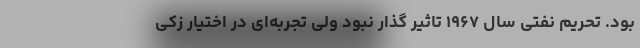
بود. تحریم نفتی سال ۱۹۶۷ تاثیر گذار نبود ولی تجربه‌ای در اختیار زکی